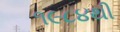
૧૯૮૪થી